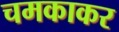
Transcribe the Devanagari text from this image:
चमकाकर